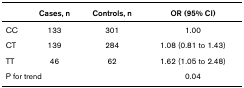
<table><thead><tr><td></td><td><b>Cases, n</b></td><td><b>Controls, n</b></td><td><b>OR (95% CI)</b></td></tr></thead><tbody><tr><td>CC</td><td>133</td><td>301</td><td>1.00</td></tr><tr><td>CT</td><td>139</td><td>284</td><td>1.08 (0.81 to 1.43)</td></tr><tr><td>TT</td><td>46</td><td>62</td><td>1.62 (1.05 to 2.48)</td></tr><tr><td colspan="2">P for trend</td><td></td><td>0.04</td></tr></tbody></table>